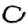
Digit: 0